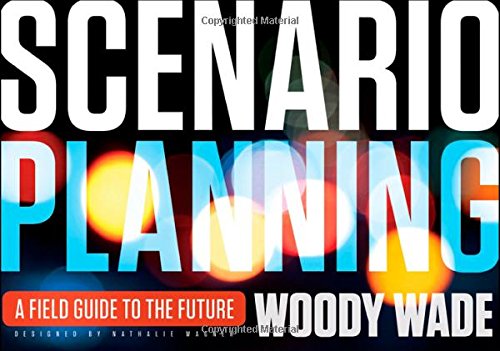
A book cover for Scenario Planning: A Field Guide to the Future; Woody Wade; Business & Money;